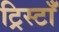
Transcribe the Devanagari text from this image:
ट्रिस्टाँ